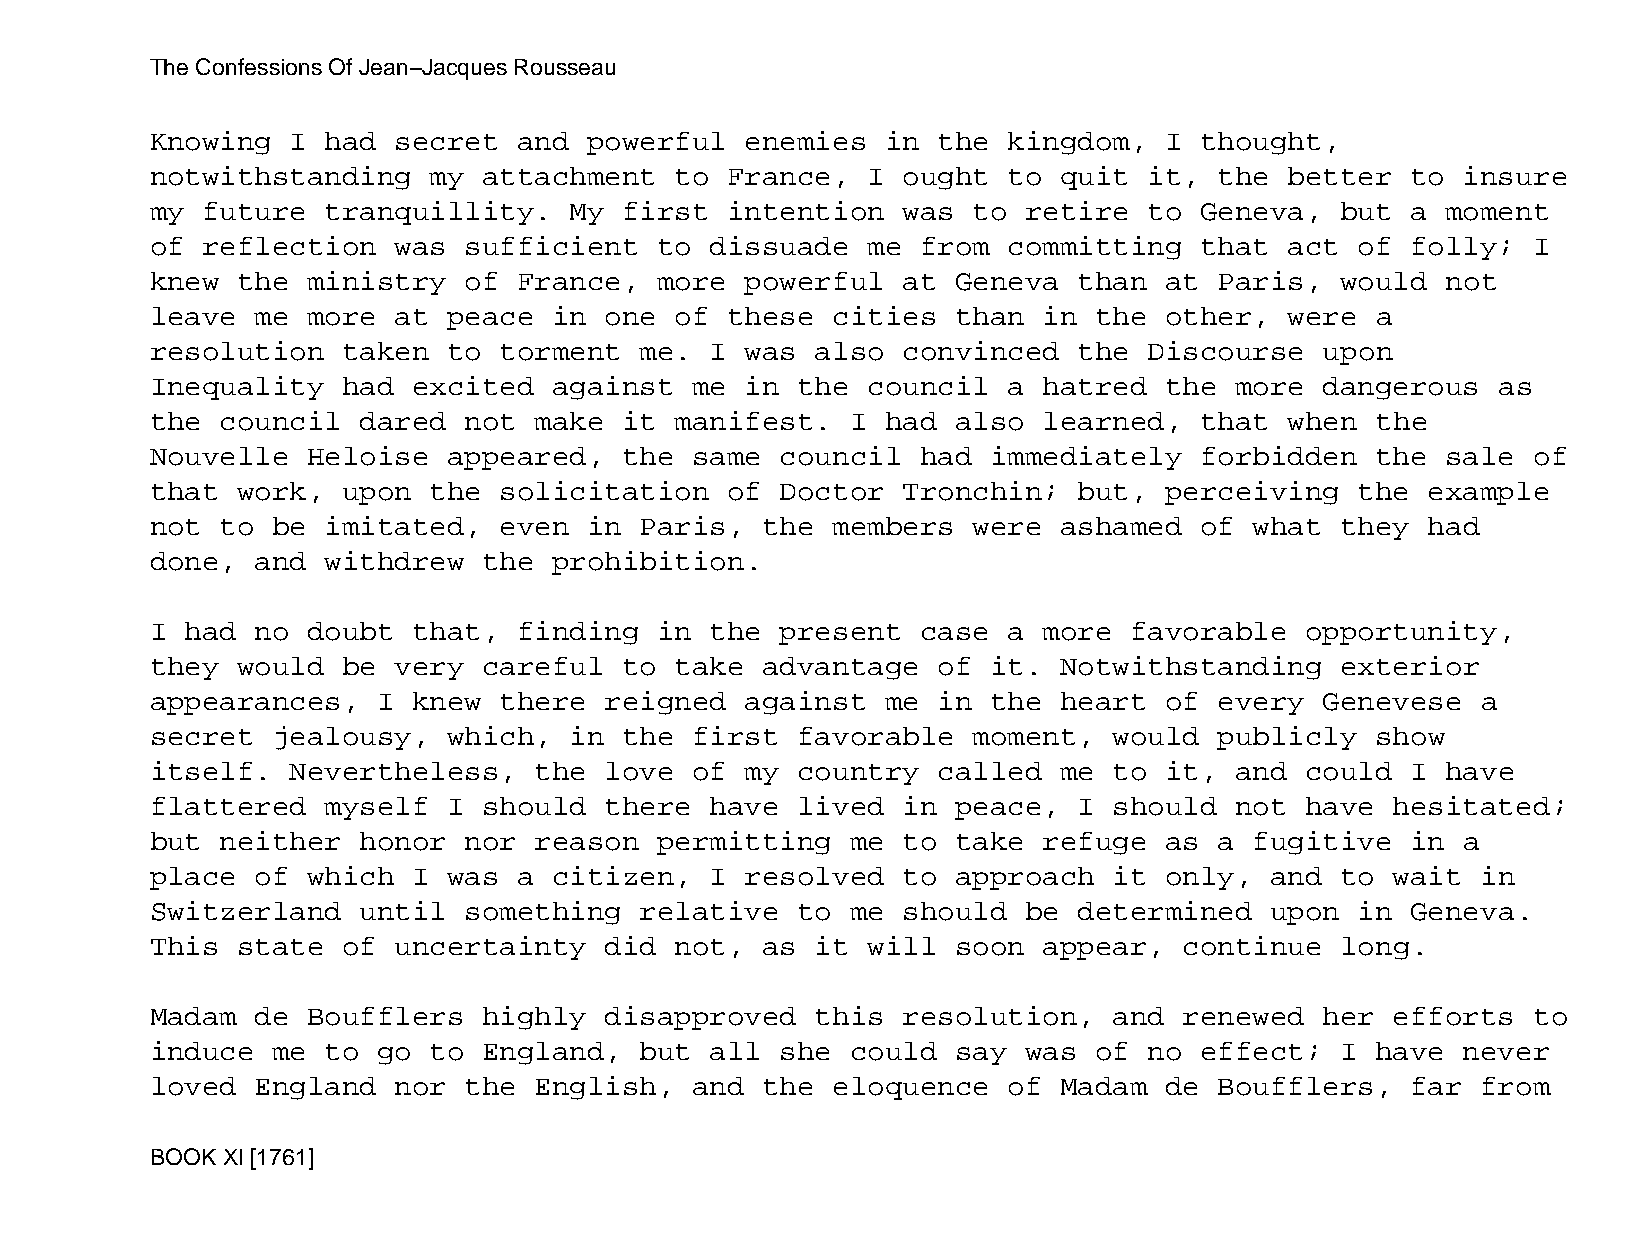
The Confessions Of Jean−Jacques Rousseau
 Knowing  I  had secret  and  powerful  enemies   in the  kingdom,  I thought,
 notwithstanding   my  attachment   to France,  I  ought  to quit  it,  the better  to  insure
 my future   tranquillity.   My first  intention   was to  retire  to Geneva,   but a  moment
 of reflection   was  sufficient   to dissuade  me  from  committing  that  act  of folly;  I
 knew  the ministry   of France,   more powerful   at Geneva  than  at  Paris,  would  not
 leave  me more  at  peace  in one  of these  cities  than  in the  other,  were  a
 resolution   taken  to torment  me.  I was  also  convinced  the  Discourse   upon
 Inequality   had excited   against  me in  the council   a hatred  the  more  dangerous  as
 the  council  dared  not make  it  manifest.  I  had also  learned,  that  when  the
 Nouvelle  Heloise   appeared,  the  same  council  had  immediately  forbidden   the  sale of
 that  work,  upon the  solicitation   of  Doctor  Tronchin;  but,  perceiving   the  example
 not  to be  imitated,  even  in Paris,  the  members  were  ashamed  of  what  they  had
 done,  and  withdrew  the  prohibition.
 I had  no doubt  that,  finding   in the  present  case  a more  favorable  opportunity,
 they  would  be very  careful  to  take advantage   of  it. Notwithstanding    exterior
 appearances,   I knew  there  reigned  against   me in  the heart  of  every  Genevese  a
 secret  jealousy,   which,  in the  first  favorable  moment,   would  publicly  show
 itself.  Nevertheless,   the  love  of my  country  called  me  to it,  and could  I  have
 flattered   myself  I should  there  have  lived  in peace,  I  should  not have  hesitated;
 but  neither  honor  nor reason   permitting  me  to take  refuge  as  a fugitive  in  a
 place  of which  I  was a  citizen,  I resolved   to approach   it only,  and  to wait  in
 Switzerland   until  something  relative   to me  should  be determined   upon  in Geneva.
 This  state  of uncertainty   did  not, as  it will  soon  appear,  continue   long.
 Madam  de Boufflers   highly  disapproved   this  resolution,   and renewed   her efforts  to
 induce  me  to go to  England,  but  all  she could  say  was of  no effect;   I have  never
 loved  England  nor  the English,   and the  eloquence   of Madam  de  Boufflers,  far  from
 BOOK XI [1761]